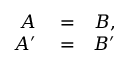
\begin{array} { r l r } { A } & { { } = } & { B , } \\ { A ^ { \prime } } & { { } = } & { B ^ { \prime } } \end{array}